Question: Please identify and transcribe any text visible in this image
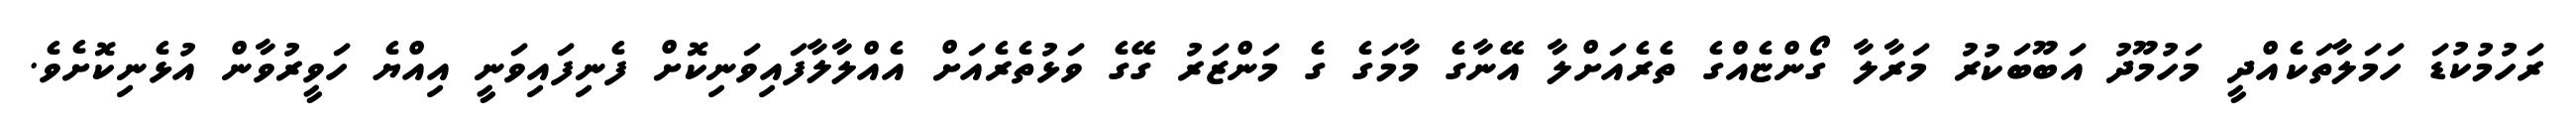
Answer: ރަހުމުކުޑަ ހަމަލާތަކެއްދީ މަހުމޫދު އަބޫބަކުރު މަރާލާ ގޯންޏެއްގެ ތެރެއަށްލާ އޭނާގެ މާމަގެ ގެ މަންޒަރު ގޭގެ ވަޅުތެރެއަށް އެއްލާލާފައިވަނިކޮށް ފެނިފައިވަނީ އިއްޔެ ހަވީރުވާން އުޅެނިކޮށެވެ.